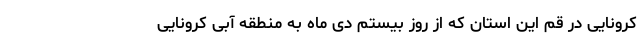
کرونایی در قم این استان که از روز بیستم دی ماه به منطقه آبی کرونایی